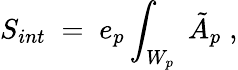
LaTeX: S_{int}\; =\; e_{p}\int_{W_{p}}\; \tilde{A}_{p}\; ,